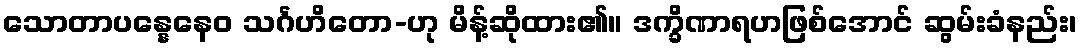
သောတာပန္နေနေဝ သင်္ဂဟိတော-ဟု မိန့်ဆိုထား၏။ ဒက္ခိဏာရဟဖြစ်အောင် ဆွမ်းခံနည်း၊